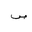
Letter: _sad